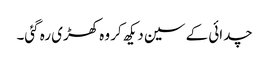
چدائی کے سین دیکھ کر وہ کھڑی رہ گئی۔